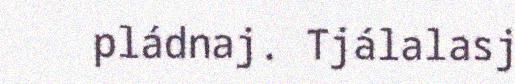
pládnaj. Tjálalasj